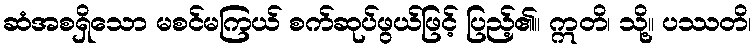
ဆံအစရှိသော မစင်မကြယ် စက်ဆုပ်ဖွယ်ဖြင့် ပြည့်၏။ ဣတိ၊ သို့။ ပဿတိ၊